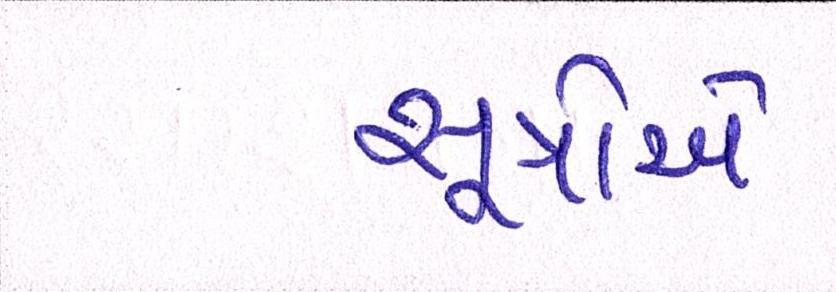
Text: સૂત્રોએ